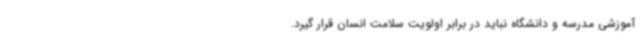
آموزشی مدرسه و دانشگاه نباید در برابر اولویت سلامت انسان قرار گیرد.